Malaria in the Duars
Disease focus: Malaria
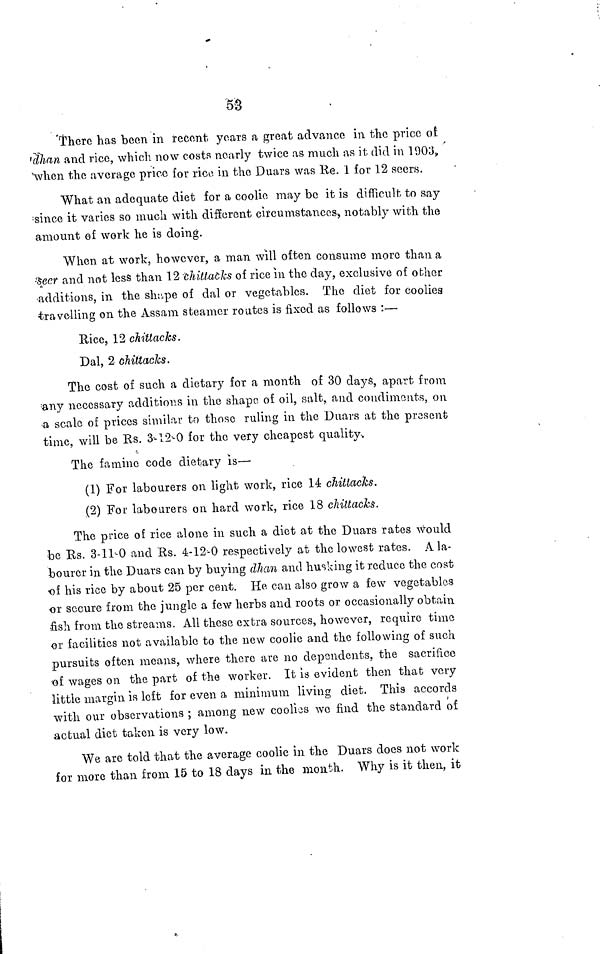
53
There has been in recent years a great advance in the price of
dhan and rice, which now costs nearly twice as much as it did in 1903,
'when the average price for rice, in the Duars was Re. 1 for 12 seers.
What an adequate diet for a coolie may be it is difficult to say
; since it varies so much with different circumstances, notably with the
amount of work he is doing.
When at work, however, a man will often consume more than a
Seer and not less than 12 chittacks of rice in the day, exclusive of other
additions, in the shape of dal or vegetables. The diet for coolies
travelling on the Assam steamer routes is fixed as follows :—
Rice, 12 chittacks.
Dal, 2 chittacks.
The cost of such a dietary for a month of 30 days, apart from
any necessary additions in the shape of oil, salt, and condiments, on
a scale of prices similar to those ruling in the Duars at the present
time, will be Rs. 3-12-0 for the very cheapest quality.
The famine code dietary is—
(1) For labourers on light work, rice 14 chittacks.
(2) For labourers on hard work, rice 18 chittacks.
The price of rice alone in such a diet at the Duars rates would
be Rs. 3-11-0 and Rs. 4-12-0 respectively at the lowest rates. A la-
bourer in the Duars can by buying dhan and husking it reduce the cost
of his rice by about 25 per cent. He can also grow a few vegetables
or secure from the jungle a few herbs and roots or occasionally obtain
fish from the streams. All these extra sources, however, require time
or facilities not available to the new coolie and the following of such
pursuits often means, where there are no dependents, the sacrifice
-of wages on the part of the worker. It is evident then that very
little margin is left for even a minimum living diet. This accords
with our observations ; among new coolies we find the standard of
actual diet taken, is very low.
We are told that the average coolie in the Duars does not work
for more than from 15 to 18 days in the month. Why is it then, it